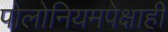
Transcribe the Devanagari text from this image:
पोलोनियमपेक्षाही